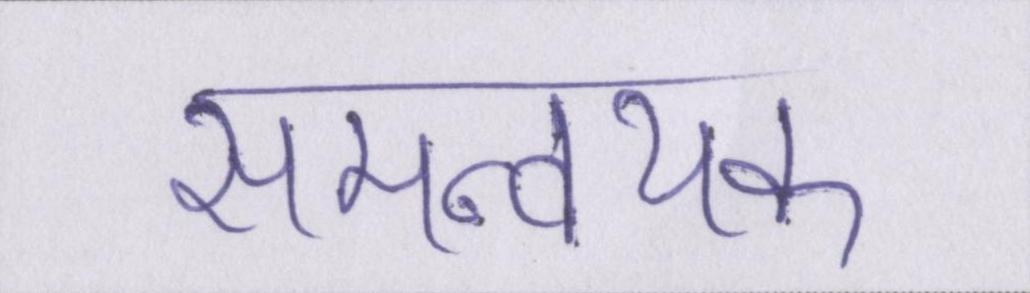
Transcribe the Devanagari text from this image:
समन्वयक